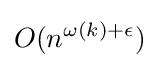
O(n^{\omega (k)+\epsilon })